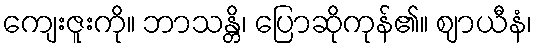
ကျေးဇူးကို။ ဘာသန္တိ၊ ပြောဆိုကုန်၏။ ဈာယီနံ၊